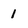
Character: 1